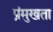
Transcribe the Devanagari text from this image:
प्रंमुखता